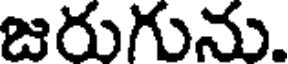
జరుగును.